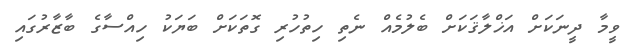
ވީމާ ދީނަކަށް އަޚްލާޤަކަށް ބެލުމެއް ނެތި ހިތުހުރި ގޮތަކަށް ބަޔަކު ހިއްސާގެ ބާޒާރުގައި